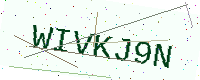
Text: WIVKJ9N